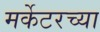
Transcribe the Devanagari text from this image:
मर्केटरच्या